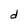
Character: d